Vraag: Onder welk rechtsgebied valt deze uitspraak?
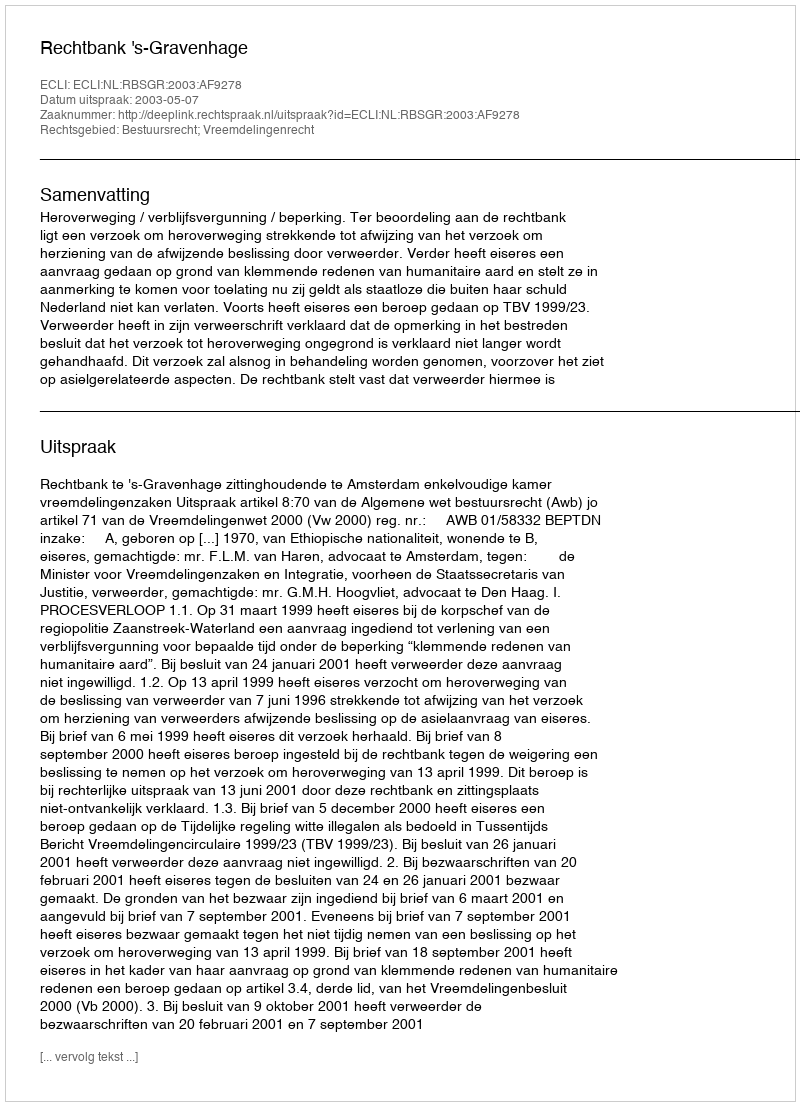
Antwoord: Bestuursrecht; Vreemdelingenrecht